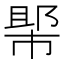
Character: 𱜲